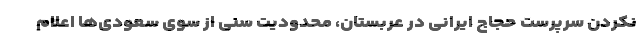
نکردن سرپرست حجاج ایرانی در عربستان، محدودیت سنی از سوی سعودی‌ها اعلام